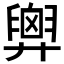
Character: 𢍱